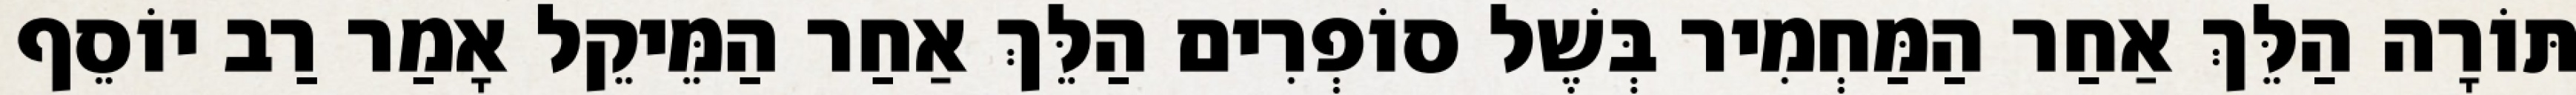
תּוֹרָה הַלֵּךְ אַחַר הַמַּחְמִיר בְּשֶׁל סוֹפְרִים הַלֵּךְ אַחַר הַמֵּיקֵל אָמַר רַב יוֹסֵף